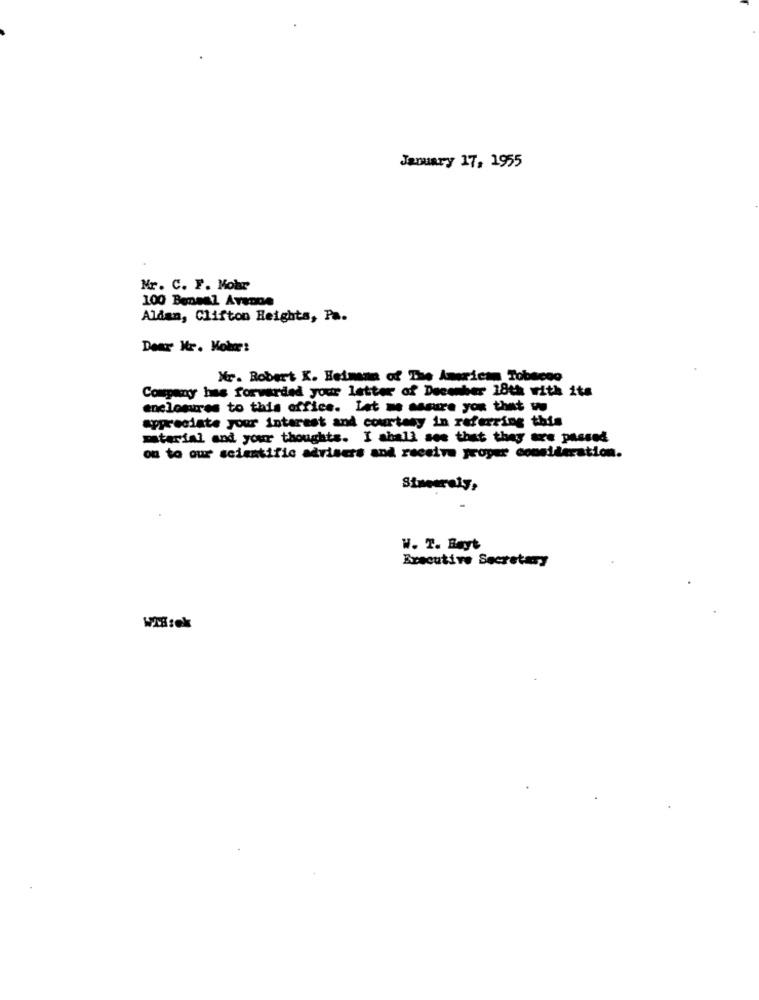
January 17, 1955
Mr. C. F. Mobr
100 Beneal Avenge
Aldan, Clifton Heights, Pa.
Dear Mr. Kokær:
Mr. Robert K. Heimann of The American Tobacco
Company has forwarded your letter of December 18th with its
enclosures to this office. Let me assure you that w
appreciate your interest and courtesy in referring this
material and your thoughts. I shall see that they are passed
on to our scientific advisers and receive proper consideration.
W. T. Beyt
Executive Secretary